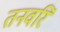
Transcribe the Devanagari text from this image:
तनवरि